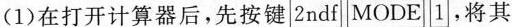
(1)在打开计算器后，先按键\square {2ndf}\square {MODE}\square {1}，将其